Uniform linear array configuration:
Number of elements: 12
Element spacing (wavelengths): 0.25
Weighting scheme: blackman
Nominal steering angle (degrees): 15
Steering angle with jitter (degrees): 15.986
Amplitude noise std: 0.05
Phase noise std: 0.05

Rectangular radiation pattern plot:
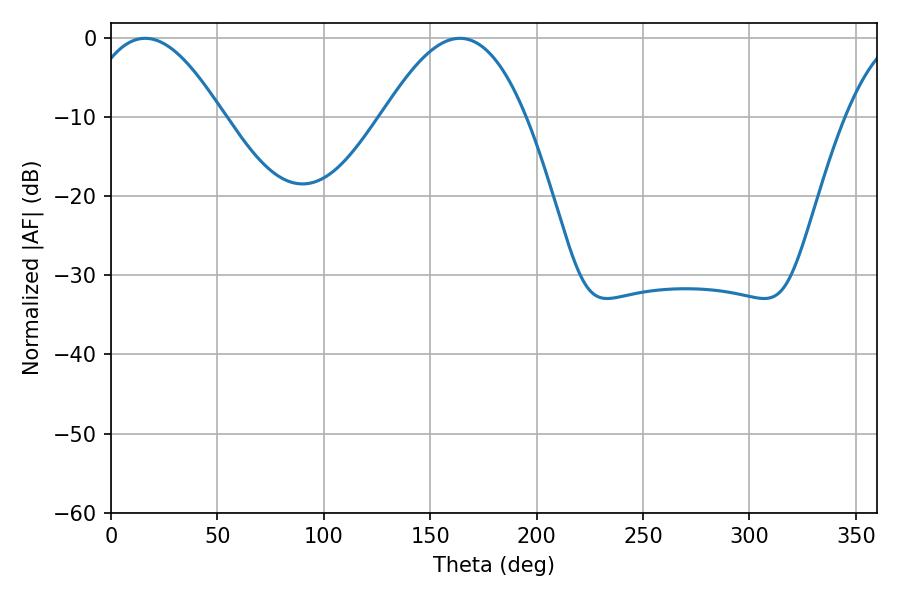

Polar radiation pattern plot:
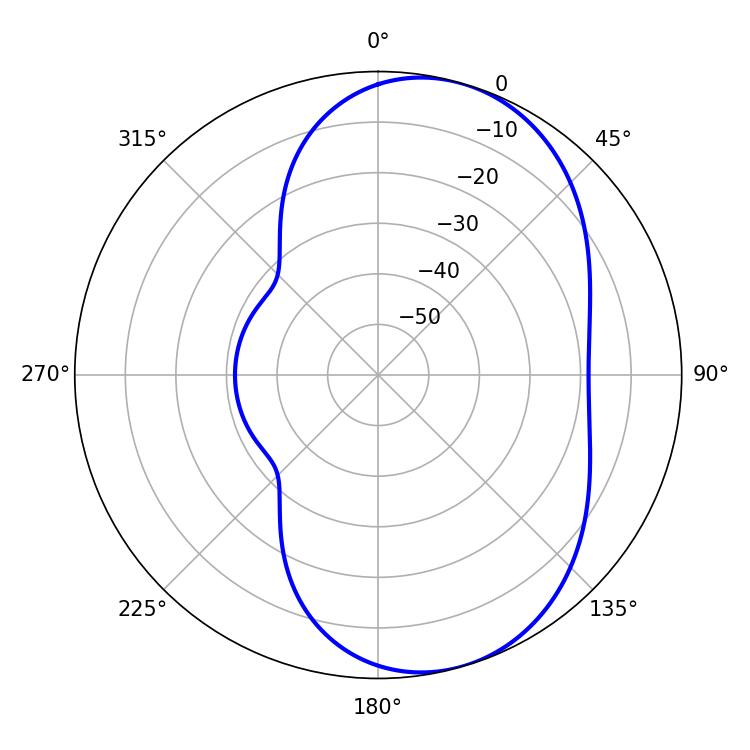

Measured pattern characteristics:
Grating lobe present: FALSE
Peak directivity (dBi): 6.689
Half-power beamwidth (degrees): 35.28
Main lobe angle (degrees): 16.02